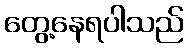
တွေ့နေရပါသည်